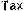
TAX